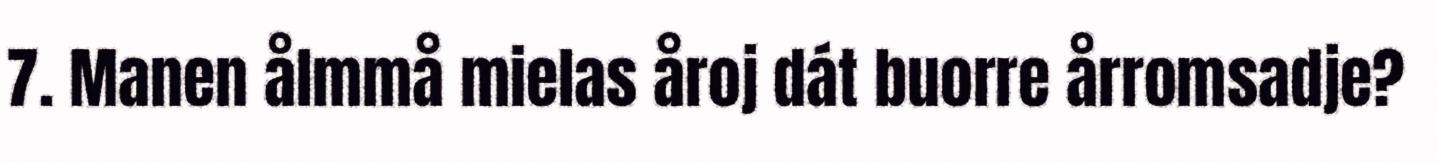
7. Manen ålmmå mielas åroj dát buorre årromsadje?